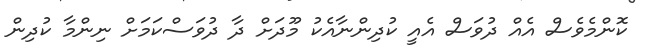
ކޮންމެވެސް އެއް ދުވަސް އެއީ ކުދިންނާއެކު މޫދަށް ދާ ދުވަސްކަމަށް ނިންމާ ކުދިން